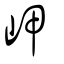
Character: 岬